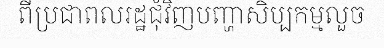
ពីប្រជាពលរដ្ឋជុំវិញបញ្ហាសិប្បកម្មលួច